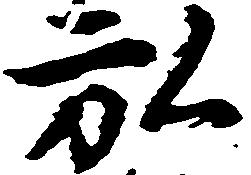
弘